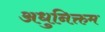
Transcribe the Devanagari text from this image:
अधुनिक्तम